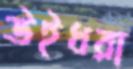
উইধরা